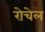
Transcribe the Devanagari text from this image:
रोचेल